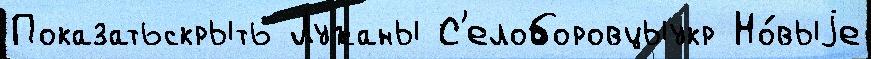
Показатьскрыть Лужаны С'елоборовцыукр Но́выjе